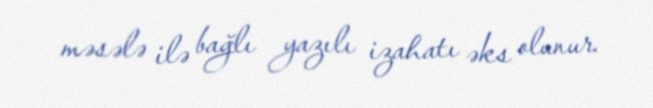
məsələ ilə bağlı yazılı izahatı əks olunur.